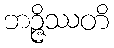
ဘဉ္ဇိဿတိ